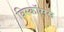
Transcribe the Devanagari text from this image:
विस्कॉसस